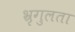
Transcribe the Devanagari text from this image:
भ्रृगुलता